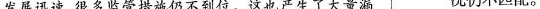
发展迅速，很多监管措施仍不到位。这也产生了大量漏 况仍不匹配。